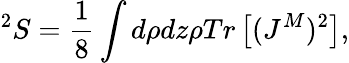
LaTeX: ^2S=\frac{1}{8}\int d\rho dz\rho Tr\left[(J^{M})^{2}\right],